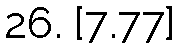
26. [7.77]